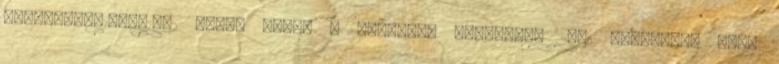
3,45×5,67=19,5615m2 Tehát ehhez a szobához kerekítve 20m2 járólapra lesz